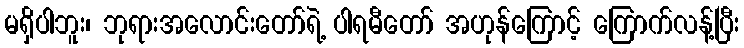
မရှိပါဘူး၊ ဘုရားအလောင်းတော်ရဲ့ ပါရမီတော် အဟုန်ကြောင့် ကြောက်လန့်ပြီး